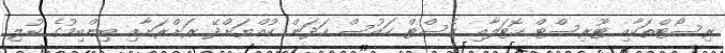
ރިސޯޓްތަކާއި ޓޫރިސްޓް ހޮޓަލާއި ގެސްޓް ހައުސް ހަދަން ކުއްޔަށްދޭ ރަށްރަށާއި ބިންބިމުގެ ކުލި